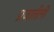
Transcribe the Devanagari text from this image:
प्रजातीनी